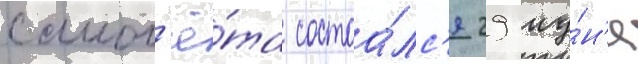
самол'ё́та состоа́лс'я 29 иу́н'я